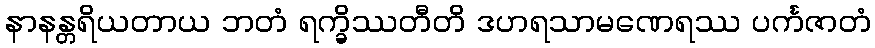
နာနန္တရိယတာယ ဘတံ ရက္ခိဿတီတိ ဒဟရသာမဏေရဿ ပင်္ကဇာတံ